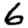
Digit: 6